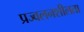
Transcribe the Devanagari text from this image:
प्रज्वलनशीलता